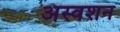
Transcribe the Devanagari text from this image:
अस्वशन